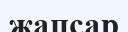
жапсар